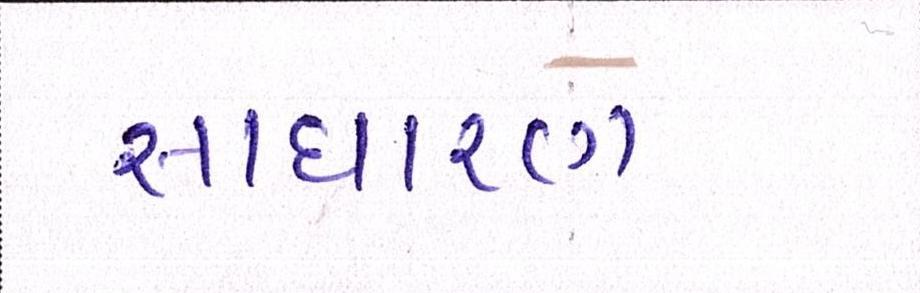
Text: સાઘારણ